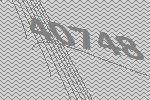
40748